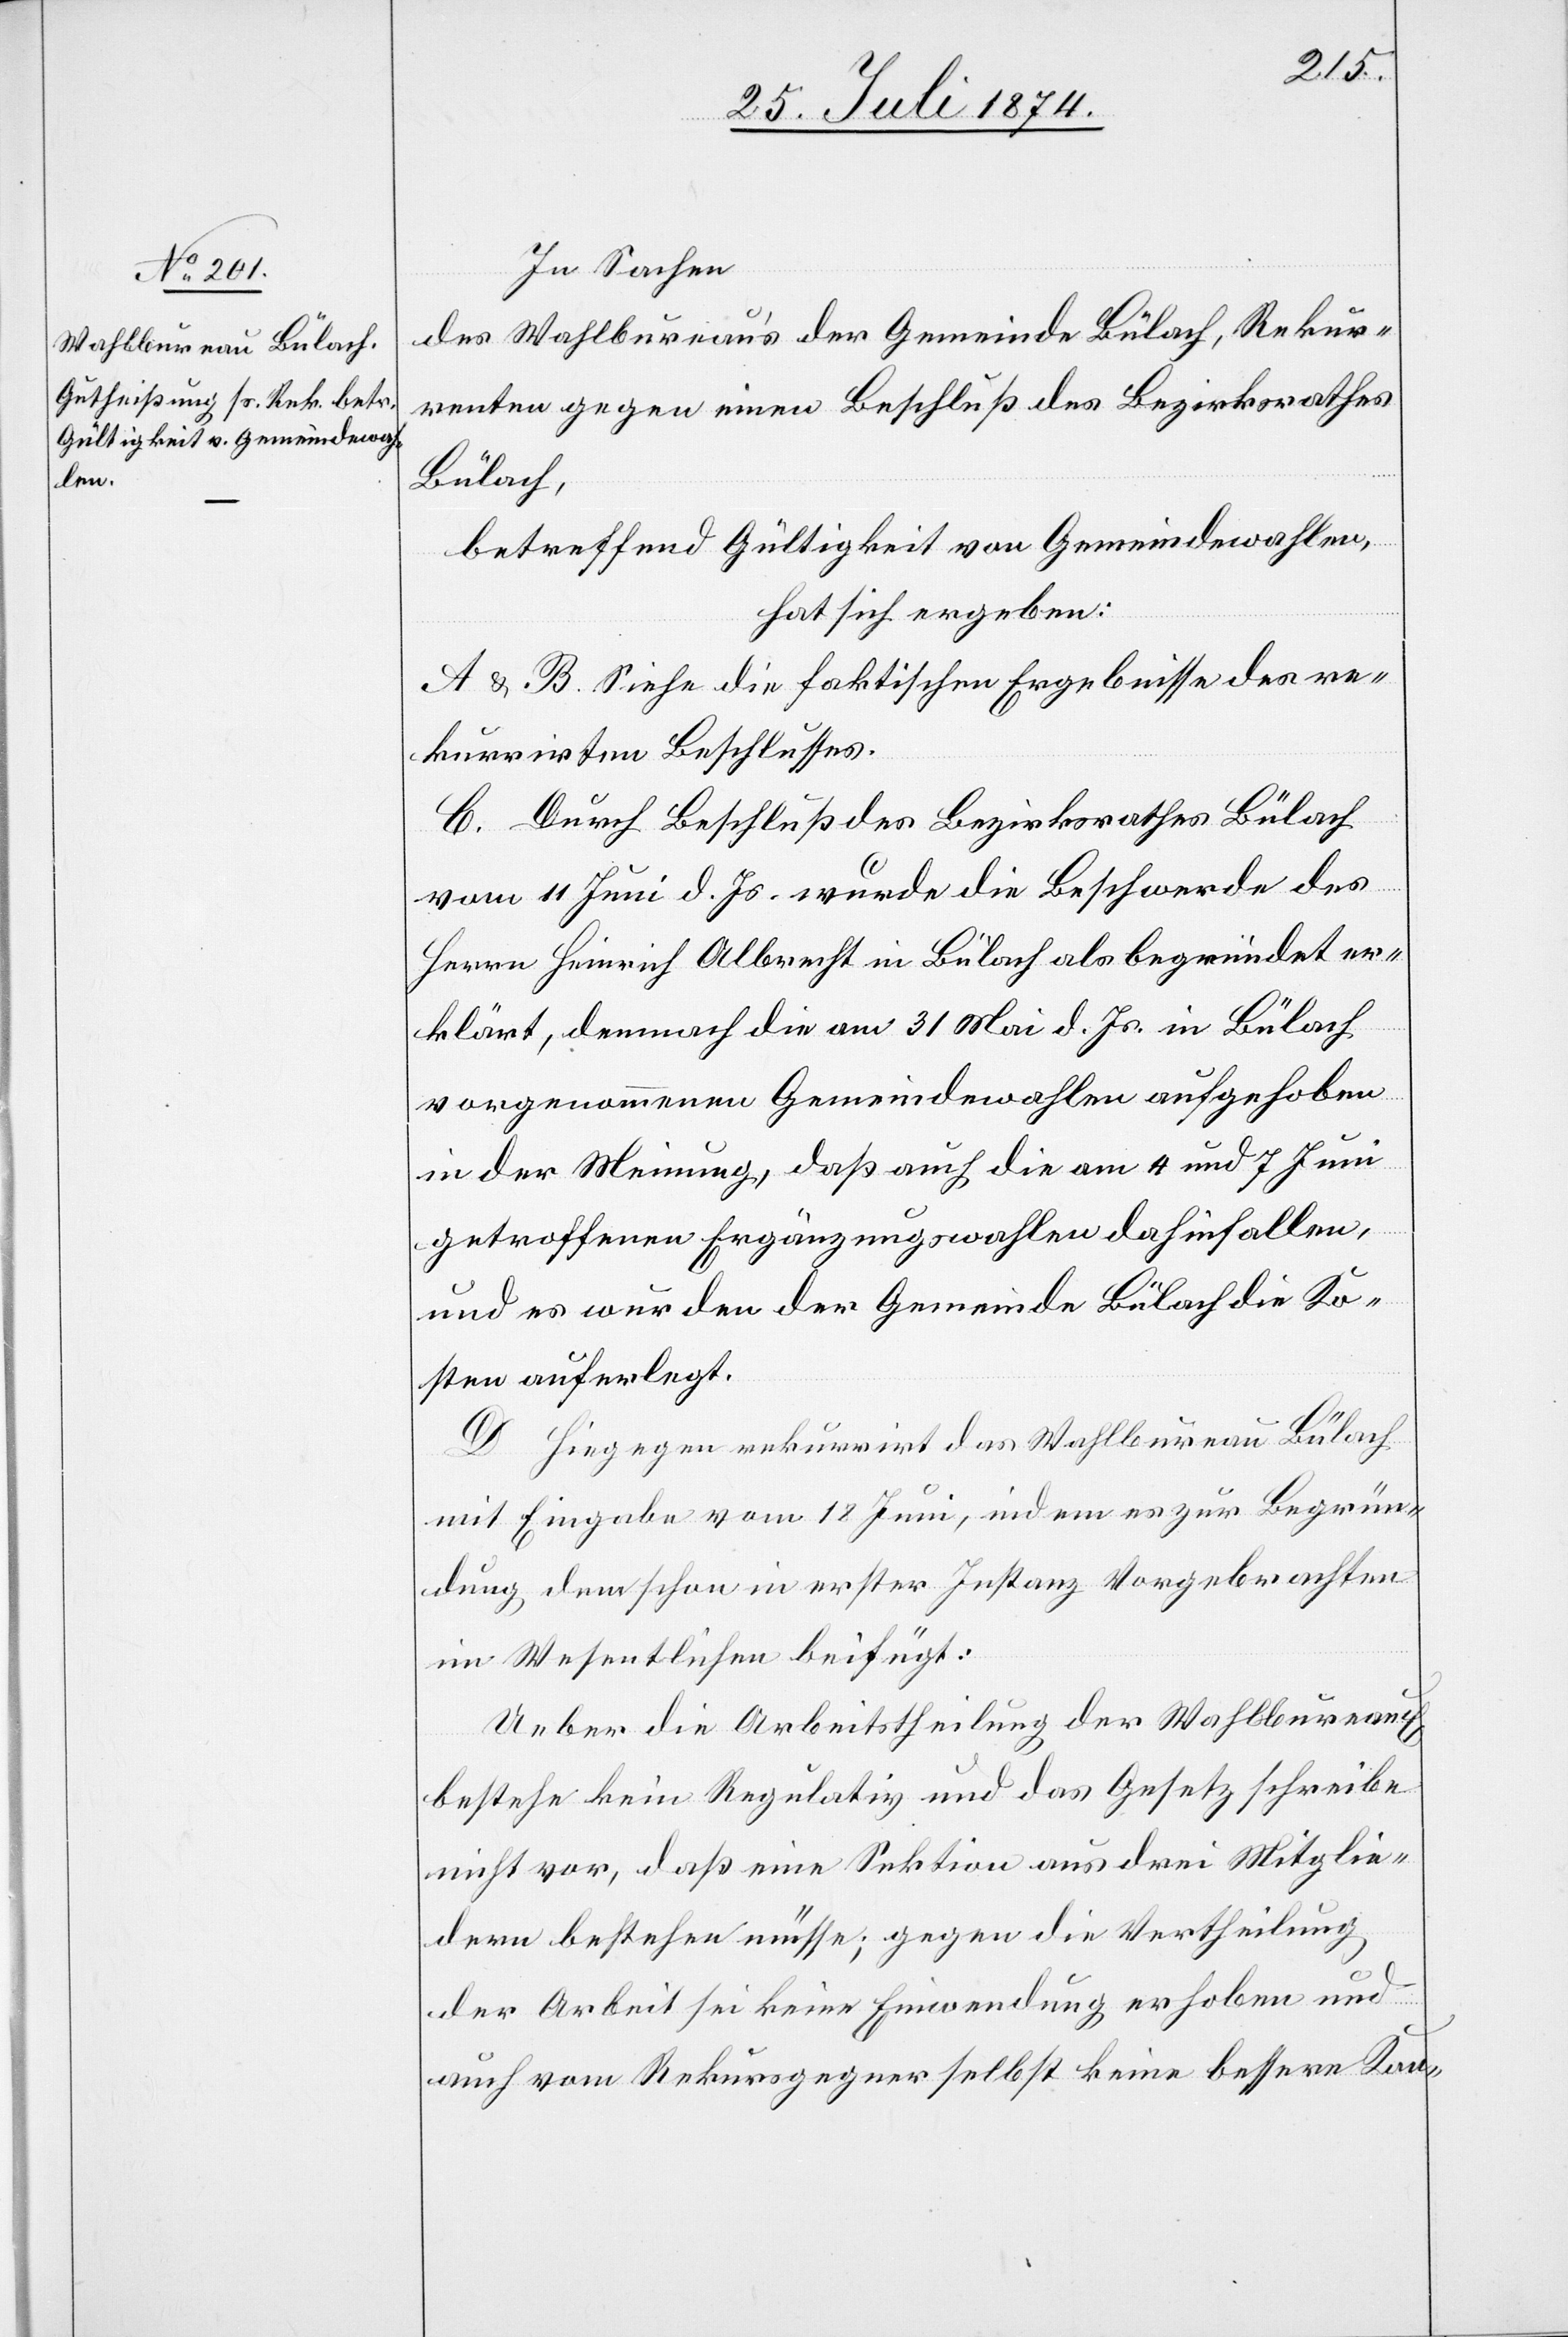
In Sachen
des Wahlbureau’s der Gemeinde Bülach, Rekur¬
renten gegen einen Beschluß des Bezirksrathes
Bülach,
betreffend Gültigkeit von Gemeindewahlen,
hat sich ergeben:
A. u. B. Siehe die faktischen Ergebnisse des re¬
kurrirten Beschlusses.
C. Durch Beschluß des Bezirksrathes Bülach
vom 11. Juni d. Js. wurde die Beschwerde des
Herrn Heinrich Albrecht in Bülach als begründet er¬
klärt, demnach die am 31. Mai d. Js. in Bülach
vorgenommenen Gemeindewahlen aufgehoben
in der Meinung, daß auch die am 4. und 7. Juni
getroffenen Ergänzungswahlen dahinfallen,
und es wurden der Gemeinde Bülach die Ko¬
sten auferlegt.
D. Hiegegen rekurrirt das Wahlbureau Bülach
mit Eingabe vom 18. Juni, indem es zur Begrün¬
dung dem schon in erster Instanz Vorgebrachten
im Wesentlichen beifügt:
Ueber die Arbeitstheilung der Wahlbureaux
bestehe kein Regulativ und das Gesetz schreibe
nicht vor, daß eine Sektion aus drei Mitglie¬
dern bestehen müsse; gegen die Vertheilung
der Arbeit sei keine Einwendung erhoben und
auch vom Rekursgegner selbst keine bessere Kon-